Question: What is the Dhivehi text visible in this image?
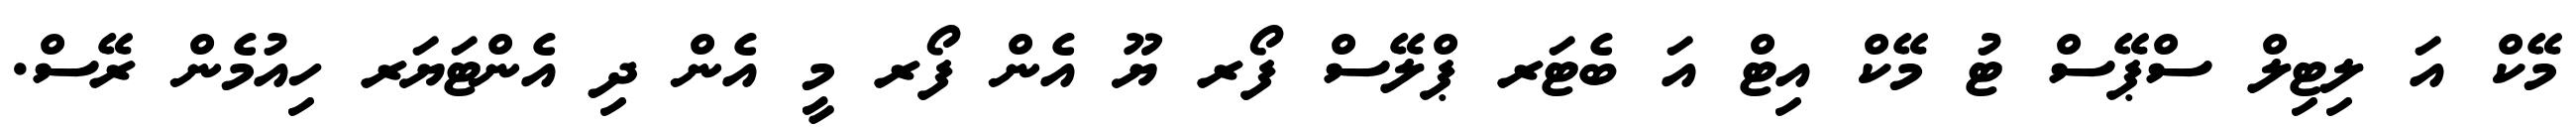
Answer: މޭކް އަ ލިޓިލް ސްޕޭސް ޓު މޭކް އިޓް އަ ބެޓަރ ޕްލޭސް ފޯރ ޔޫ އެން ފޯރ މީ އެން ދި އެންޓަޔަރ ހިއުމެން ރޭސް.